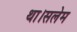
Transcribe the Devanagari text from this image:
था।सलेम